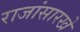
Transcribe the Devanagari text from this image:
राजांसारखे